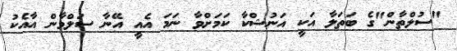
"ސުލްތާން"ގެ ބަތަލާ އަކީ އަނުޝްކާ ކަމަށްވާ ނަމަ އެއީ އޭނާ ސަލްމާން އާއެކު